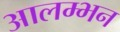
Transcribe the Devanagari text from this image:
आलम्भन